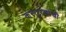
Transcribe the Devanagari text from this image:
कस्तुरबांची